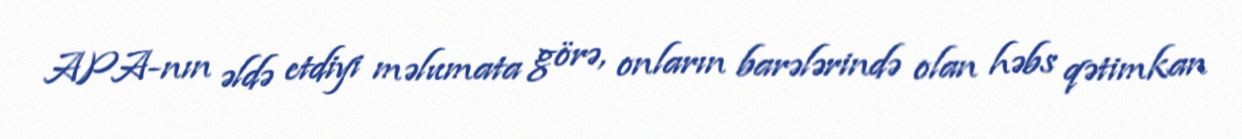
APA-nın əldə etdiyi məlumata görə, onların barələrində olan həbs qətimkan